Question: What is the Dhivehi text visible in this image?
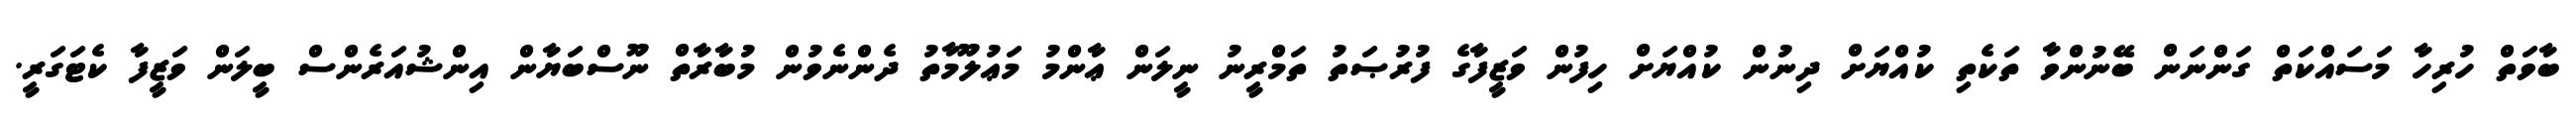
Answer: ބާވަތް ހުރިހާ މަސައްކަތް ގަންނަން ބޭނުންވާ ތަކެތި ކުއްޔަށް ދިނުން ކުއްޔަށް ހިފުން ވަޒީފާގެ ފުރުޞަތު ތަމްރީނު ނީލަން ޢާންމު މަޢުލޫމާތު ދެންނެވުން މުބާރާތް ނޫސްބަޔާން އިންޝުއަރެންސް ބީލަން ވަޒީފާ ކެޓަގަރީ.